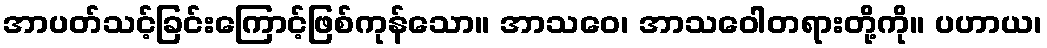
အာပတ်သင့်ခြင်းကြောင့်ဖြစ်ကုန်သော။ အာသဝေ၊ အာသဝေါတရားတို့ကို။ ပဟာယ၊